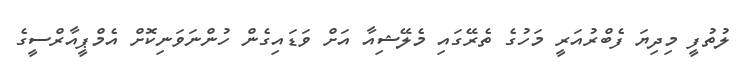
ލުތުފީ މިދިޔަ ފެބްރުއަރީ މަހުގެ ތެރޭގައި މެލޭޝިއާ އަށް ވަޑައިގެން ހުންނަވަނިކޮށް އެމްޕީއާރްސީގެ